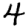
Digit: 4